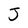
Character: J